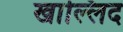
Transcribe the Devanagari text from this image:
खाल्लिद